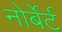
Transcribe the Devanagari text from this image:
नोर्बेर्ट